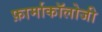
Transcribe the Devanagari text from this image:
फ़ार्माकॉलोजी